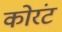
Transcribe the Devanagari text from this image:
कोरंट